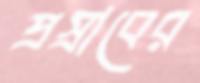
প্রস্রাবের